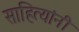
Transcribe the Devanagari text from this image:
साहित्यांनी